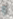
و